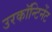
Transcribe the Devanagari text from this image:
उरकॉन्टिनेंट